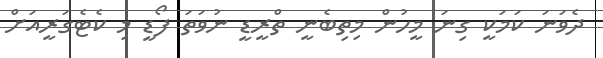
ދެވަނަ ކަމަކީ ގިނަ މީހުން މިތިބެނީ ތްރީޑީ ނުވަތަ ފޯޑީ މި ކެޓެގަރީއަށް